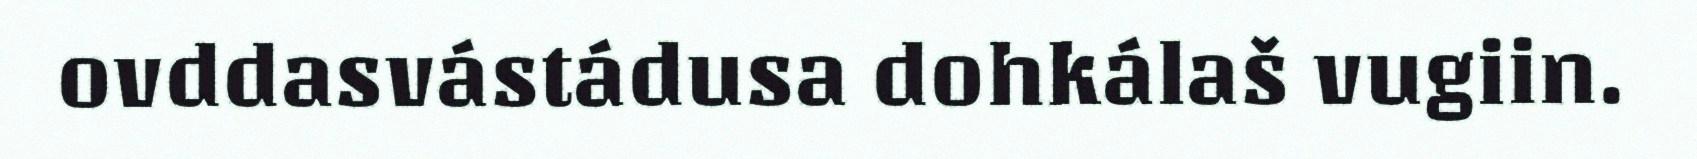
ovddasvástádusa dohkálaš vugiin.